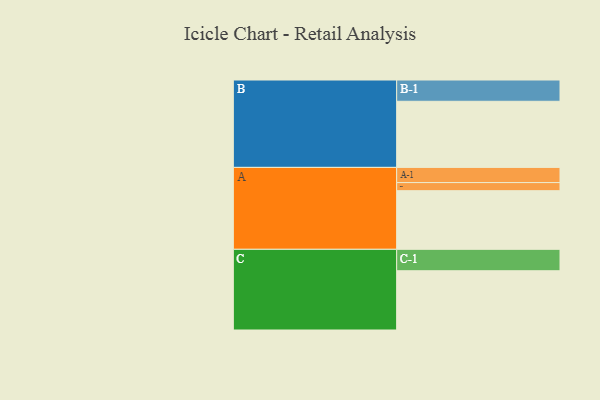
{"axis": {"x": "Segment", "y": "Value"}, "legend": ["", "A", "B", "C"], "data": [{"x": "A", "y": 471, "type": ""}, {"x": "B", "y": 531, "type": ""}, {"x": "C", "y": 476, "type": ""}, {"x": "A-1", "y": 122, "type": "A"}, {"x": "A-2", "y": 65, "type": "A"}, {"x": "B-1", "y": 171, "type": "B"}, {"x": "C-1", "y": 172, "type": "C"}]}